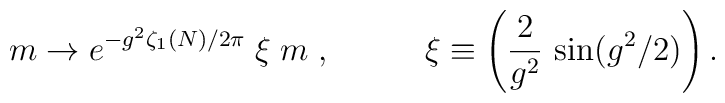
m\rightarrow e^{-g^2\zeta _1(N)/2\pi }\;\xi \;m\;,\;\;\;\;\;\;\;\;\;\;\xi\equiv \left( \frac 2{g^2}\,\sin (g^2/2)\right) .